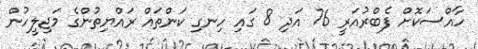
ހާއްސަކޮށް ފެބްރުއަރީ 76 އަދި 8 ގައި ހިނގި ކަންތައް ރައްޔިތުންގެ މަޖިލީހުން